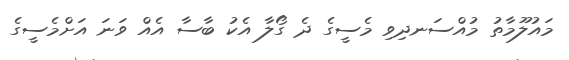
މައުލޫމާތު މުއްސަނދިވި މެސީގެ ދެ ގޯލާ އެކު ބާސާ އެއް ވަނަ އަށްމެސީގެ